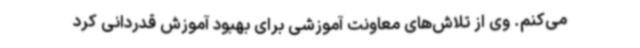
می‌کنم. وی از تلاش‌های معاونت آموزشی برای بهبود آموزش قدردانی کرد